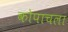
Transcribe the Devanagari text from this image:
कोपाचला